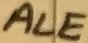
Text: ALE